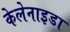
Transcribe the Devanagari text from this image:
केलेनाइडा